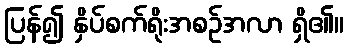
ပြန်၍ နှိပ်စက်ရိုးအစဉ်အလာ ရှိ၏။